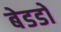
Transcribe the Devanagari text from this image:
बेडडो